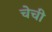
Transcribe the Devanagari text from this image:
चेची